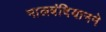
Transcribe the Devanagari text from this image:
नालबंदियानने